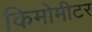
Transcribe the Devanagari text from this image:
किमोमीटर